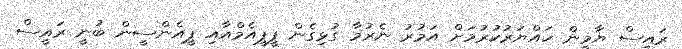
ރައީސް ޔާމީން ހައްޔަރުކުރުމަށް އަމުރު ނެރުމާ ގުޅިގެން ޕީޕީއެމްއާއި ޕީއެންސީން ބުނީ ރައީސް